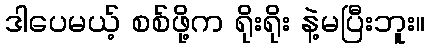
ဒါပေမယ့် စစ်ဖို့က ရိုးရိုး နဲ့မပြီးဘူး။